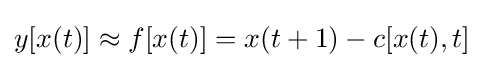
y[x(t)]\approx f[x(t)]=x(t+1)-c[x(t),t]